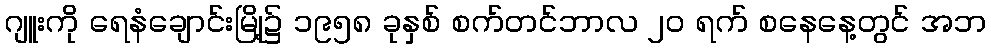
ဂျူးကို ရေနံချောင်းမြို့၌ ၁၉၅၈ ခုနှစ် စက်တင်ဘာလ ၂၀ ရက် စနေနေ့တွင် အဘ